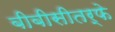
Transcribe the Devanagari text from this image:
बीबीसीतर्फे